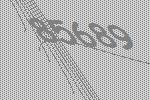
85689